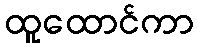
ထူထောင်ကာ